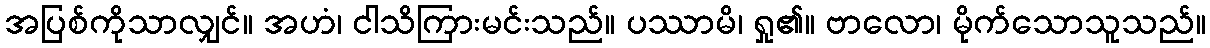
အပြစ်ကိုသာလျှင်။ အဟံ၊ ငါသိကြားမင်းသည်။ ပဿာမိ၊ ရှု၏။ ဗာလော၊ မိုက်သောသူသည်။